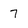
Character: 7